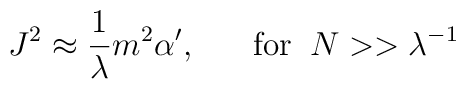
J^2\approx\frac{1}{\lambda}m^2\alpha',\;\;\;\;\;\;\mbox{for}\;\;N>>\lambda^{-1}